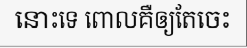
នោះទេ ពោលគឺឲ្យតែចេះ